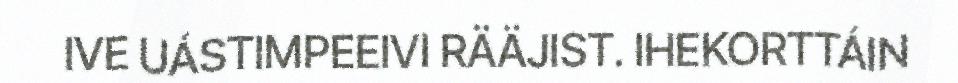
IVE UÁSTIMPEEIVI RÄÄJIST. IHEKORTTÁIN